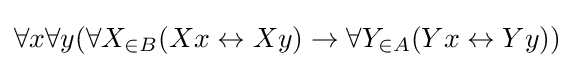
\forall x\forall y(\forall X_{\in B}(Xx\leftrightarrow Xy)\rightarrow \forall Y_{\in A}(Yx\leftrightarrow Yy))